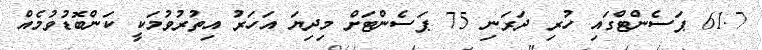
61.7 ޕަސެންޓްގައި ހުރި ދަރަނި 75 ޕަސެންޓަށް މިދިޔަ އަހަރު އިތުރުވުމަކީ ކަންބޮޑުވުމެއް